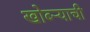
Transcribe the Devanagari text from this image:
खोब्ऱ्याची